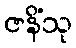
ဇနိံသု